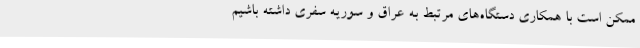
ممکن است با همکاری دستگاه‌های مرتبط به عراق و سوریه سفری داشته باشیم